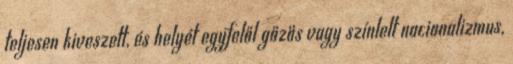
teljesen kiveszett, és helyét egyfelől gőzös vagy színlelt nacionalizmus,